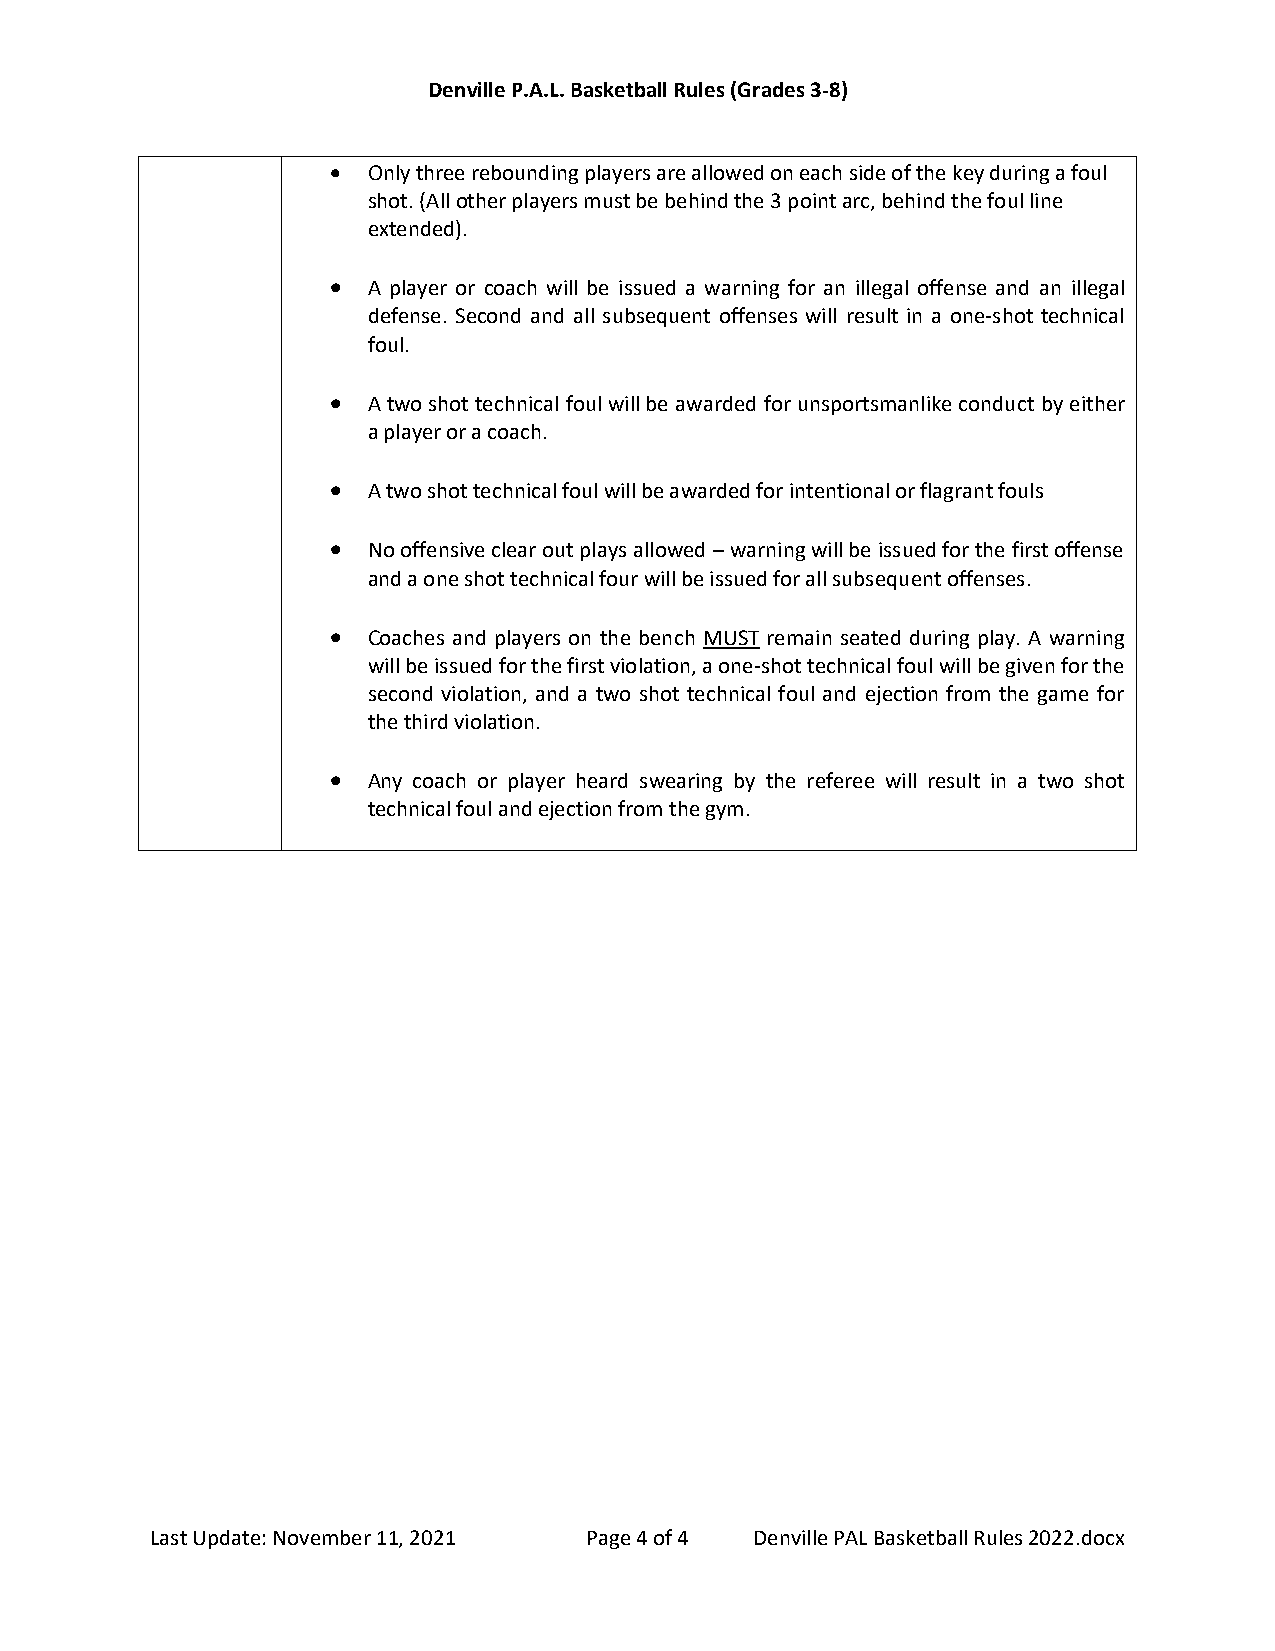
Denville P.A.L. Basketball Rules (Grades 3-8)
 • Only three rebounding players are allowed on each side of the key during a foul
 shot. (All other players must be behind the 3 point arc, behind the foul line
 extended).
 • A player or coach will be issued a warning for an illegal offense and an illegal
 defense. Second and all subsequent offenses will result in a one-shot technical
 foul.
 • A two shot technical foul will be awarded for unsportsmanlike conduct by either
 a player or a coach.
 • A two shot technical foul will be awarded for intentional or flagrant fouls
 • No offensive clear out plays allowed – warning will be issued for the first offense
 and a one shot technical four will be issued for all subsequent offenses.
 • Coaches and players on the bench MUST remain seated during play. A warning
 will be issued for the first violation, a one-shot technical foul will be given for the
 second violation, and a two shot technical foul and ejection from the game for
 the third violation.
 • Any coach or player heard swearing by the referee will result in a two shot
 technical foul and ejection from the gym.
 Last Update: November 11, 2021 Page 4 of 4 Denville PAL Basketball Rules 2022.docx